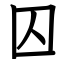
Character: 囚